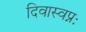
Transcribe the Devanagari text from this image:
दिवास्वप्नः